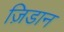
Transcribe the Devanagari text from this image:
ज़िडान